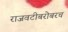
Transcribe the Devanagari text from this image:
राजवटीबरोबरच